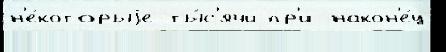
н'е́которыjе ты́с'ячи пр'и након'е́ц